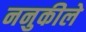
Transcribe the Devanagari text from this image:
ननुकीले